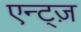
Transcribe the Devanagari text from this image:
एन्ट्ज़